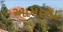
આમાના